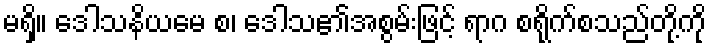
မရှိ။ ဒေါသနိယမေ စ၊ ဒေါသ၏အစွမ်းဖြင့် ရာဂ စရိုက်စသည်တို့ကို